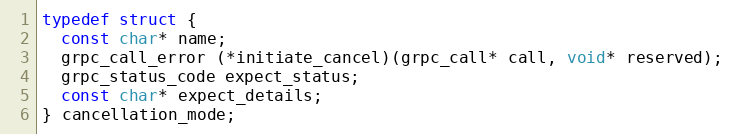
Language: C
typedef struct {
  const char* name;
  grpc_call_error (*initiate_cancel)(grpc_call* call, void* reserved);
  grpc_status_code expect_status;
  const char* expect_details;
} cancellation_mode;